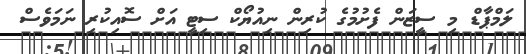
ލަމްޕާޑް މި ސީޒަން ފެށުމުގެ ކުރިން ނިއުޔޯކް ސިޓީ އަށް ސޮއިކުރި ނަމަވެސް